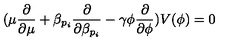
( \mu \frac { \partial } { \partial \mu } + \beta _ { p _ { i } } \frac { \partial } { \partial \beta _ { p _ { i } } } - \gamma \phi \frac { \partial } { \partial \phi } ) V ( \phi ) = 0